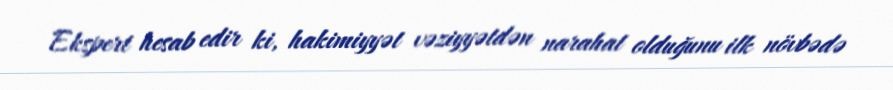
Ekspert hesab edir ki, hakimiyyət vəziyyətdən narahat olduğunu ilk növbədə